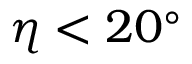
\eta < 2 0 ^ { \circ }